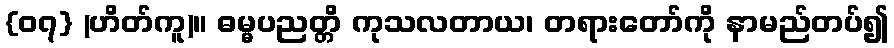
{၀၇} (ဟိတ်ကူ)။ ဓမ္မပညတ္တိ ကုသလတာယ၊ တရားတော်ကို နာမည်တပ်၍